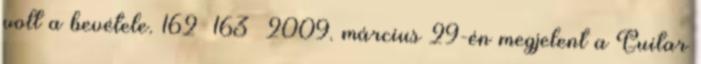
volt a bevétele. 162 163 2009. március 29-én megjelent a Guitar